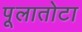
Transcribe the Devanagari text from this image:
पूलातोटा